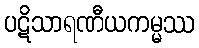
ပဋိသာရဏီယကမ္မဿ